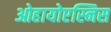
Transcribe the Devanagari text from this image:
ओहायोएस्निस